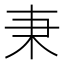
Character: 𣏃